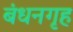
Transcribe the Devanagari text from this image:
बंधनगृह